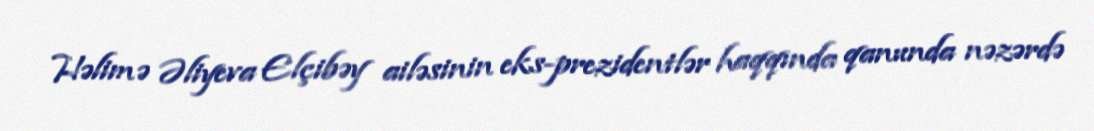
Həlimə Əliyeva Elçibəy ailəsinin eks-prezidentlər haqqında qanunda nəzərdə